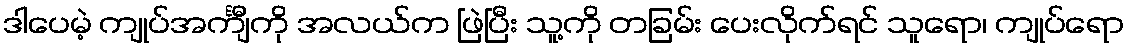
ဒါပေမဲ့ ကျုပ်အင်္ကျီကို အလယ်က ဖြဲပြီး သူ့ကို တခြမ်း ပေးလိုက်ရင် သူရော၊ ကျုပ်ရော